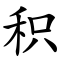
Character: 积